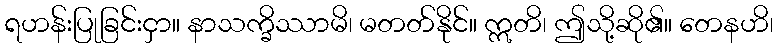
ရဟန်းပြုခြင်းငှာ။ နာသက္ခိဿာမိ၊ မတတ်နိုင်။ ဣတိ၊ ဤသို့ဆို၏။ တေနဟိ၊